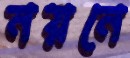
নয়নে